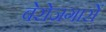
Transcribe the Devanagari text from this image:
बेरोज़गारों